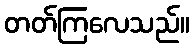
တတ်ကြလေသည်။